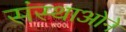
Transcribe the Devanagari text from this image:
संस्थाओने